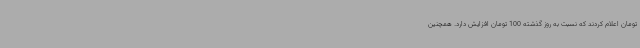
تومان اعلام کردند که نسبت به روز گذشته 100 تومان افزایش دارد. همچنین